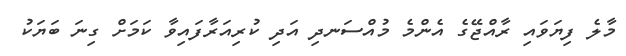
މާލެ ފިޔަވައި ރާއްޖޭގެ އެންމެ މުއްސަނދި އަދި ކުރިއަރާފައިވާ ކަމަށް ގިނަ ބަޔަކު